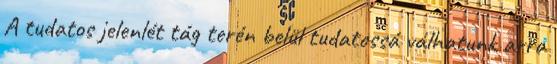
A tudatos jelenlét tág terén belül tudatossá válhatunk arra